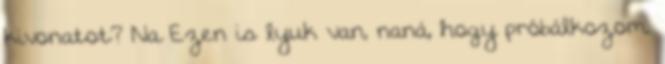
kivonatot? Na Ezen is lyuk van, naná, hogy próbálkozom.